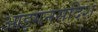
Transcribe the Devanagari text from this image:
आइगनसदिश